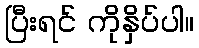
ပြီးရင် ကိုနှိပ်ပါ။